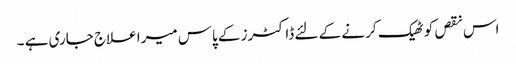
اس نقص کو ٹھیک کر نے کے لئے ڈاکٹرز کے پاس میرا علاج جاری ہے ۔